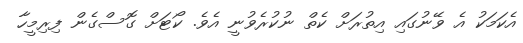
އެކަމަކު އެ ވޭނުގައި އިތުރަށް ކެތް ނުކުރެވުނީ އެވެ. ކޯޓަށް ގޮސްގެން ފިރިމީހާ